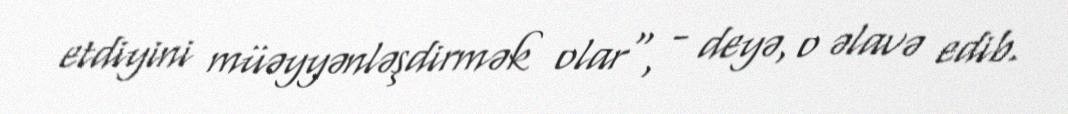
etdiyini müəyyənləşdirmək olar", - deyə, o əlavə edib.